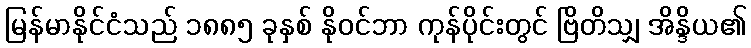
မြန်မာနိုင်ငံသည် ၁၈၈၅ ခုနှစ် နိုဝင်ဘာ ကုန်ပိုင်းတွင် ဗြိတိသျှ အိန္ဒိယ၏